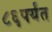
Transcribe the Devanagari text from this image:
८६पर्यंत